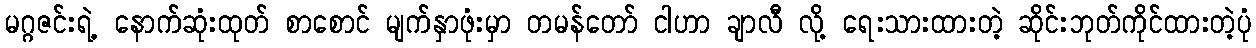
မဂ္ဂဇင်းရဲ့ နောက်ဆုံးထုတ် စာစောင် မျက်နှာဖုံးမှာ တမန်တော် ငါဟာ ချာလီ လို့ ရေးသားထားတဲ့ ဆိုင်းဘုတ်ကိုင်ထားတဲ့ပုံ